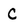
Character: C